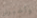
وأخبرني